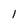
Character: 1